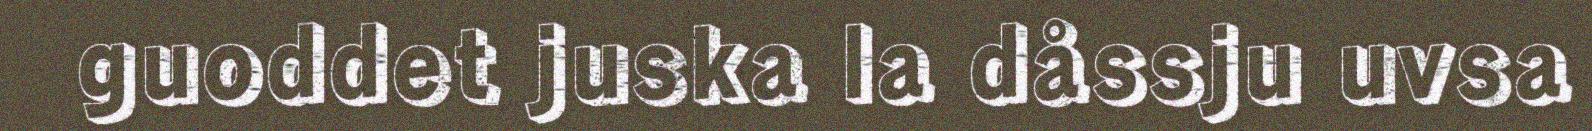
guoddet juska la dåssju uvsa